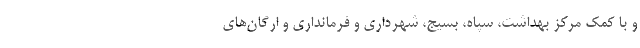
و با کمک مرکز بهداشت، سپاه، بسیج، شهرداری و فرمانداری و ارگان‌های